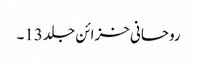
روحانی خزائن جلد 13۔